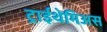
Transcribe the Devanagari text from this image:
ट्राईथेमिअस